Indian Medical Review
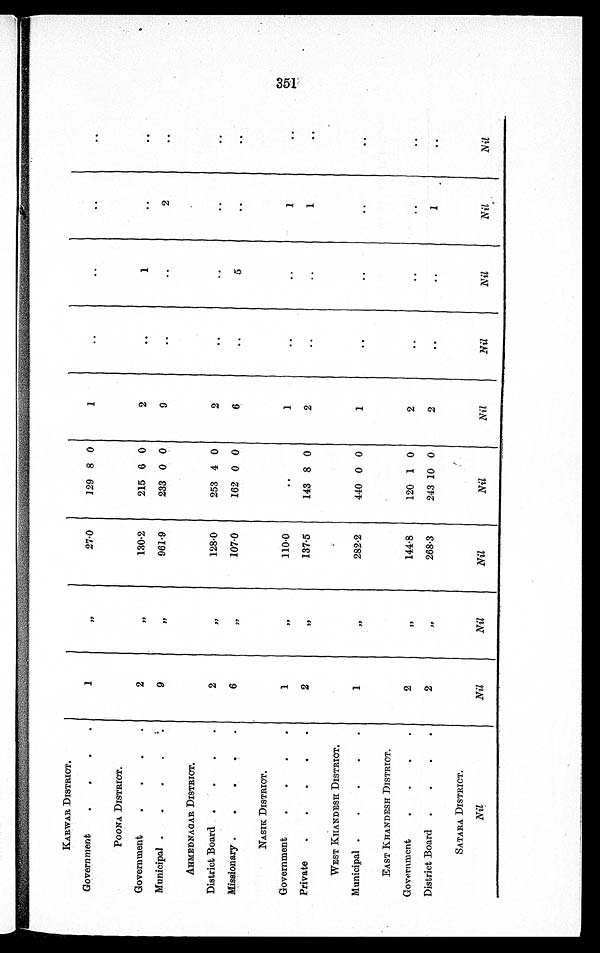
KARWAR DISTRICT.
Government
1
, ,
27·0
129 8 0
1
..
..
. .
. .
POONA DISTRICT.
Government
2
, ,
130·2
215 6 0
2
..
1
..
. .
Municipal
9
, ,
961·9
233 0 0
9
..
..
2
. .
AHMEDNAGAR DISTRICT.
District Board
2
, ,
128·0
253 4 0
2
..
..
..
..
Missionary
6
, ,
107·0
162 0 0
6
. .
5
..
. .
NASIK DISTRICT.
Government
1
, ,
110·0
..
1
. .
. .
1
..
Private
2
, ,
137·5
143 8 0
2
. .
..
1
..
WEST KHANDESH DISTRICT.
Municipal
1
, ,
282·2
440 0 0
1
..
..
..
..
EAST KHANDESH DISTRICT.
Government
2
, ,
144·8
120 1 0
2
. .
. .
. .
..
District Board
2
, ,
268·3
243 10 0
2
. .
..
1
. .
SATARA DISTRICT.
Nil
Nil
Nil
Nil
Nil
Nil
Nil
Nil
Nil
Nil